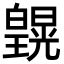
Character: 皩